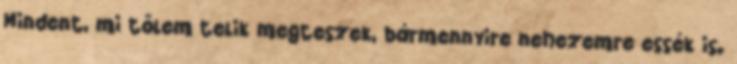
Mindent, mi tőlem telik megteszek, bármennyire nehezemre essék is.